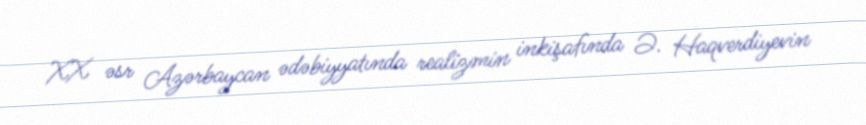
XX əsr Azərbaycan ədəbiyyatında realizmin inkişafında Ə. Haqverdiyevin